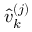
\hat { v } _ { k } ^ { ( j ) }